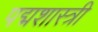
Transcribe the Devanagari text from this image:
पद्मशास्त्री